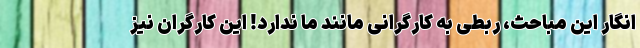
انگار این مباحث، ربطی به کارگرانی مانند ما ندارد! این کارگران نیز